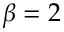
\beta = 2